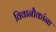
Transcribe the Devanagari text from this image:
विवानौकांना